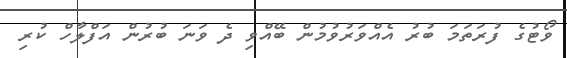
ވޯޓުގެ ފުރަތަމަ ބުރު އެއްވަރުވުމުން ބޭއްވި ދެ ވަނަ ބުރުން އަފްލާހް ކުރި